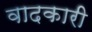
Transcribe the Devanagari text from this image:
वादकारी